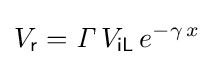
V_{\mathsf {r}}={\mathit {\Gamma }}\,V_{\mathsf {iL}}\,e^{-\gamma \,x}~